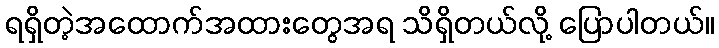
ရရှိတဲ့အထောက်အထားတွေအရ သိရှိတယ်လို့ ပြောပါတယ်။